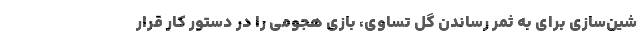
شین‌سازی برای به ثمر رساندن گل تساوی، بازی هجومی را در دستور کار قرار